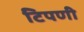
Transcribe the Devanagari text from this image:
टिपणी